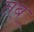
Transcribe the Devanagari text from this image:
तब